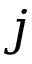
j